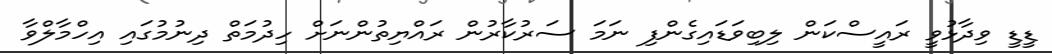
ޑީޑީ ވިދާޅުވީ ރައީސްކަން ލިބިވަޑައިގެންފި ނަމަ ސަރުކާރުން ރައްޔިތުންނަށް ހިދުމަތް ދިނުމުގައި އިހްމާލްވާ